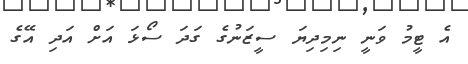
އެ ޓީމު ވަނީ ނިމިދިޔަ ސީޒަނުގެ ގަދަ ސޯޅަ އަށް އަދި އޭގެ